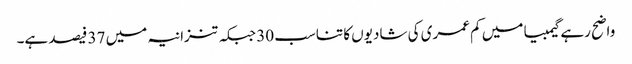
واضح رہے گیمبیا میں کم عمری کی شادیوں کا تناسب 30 جبکہ تنزانیہ میں 37 فیصد ہے۔